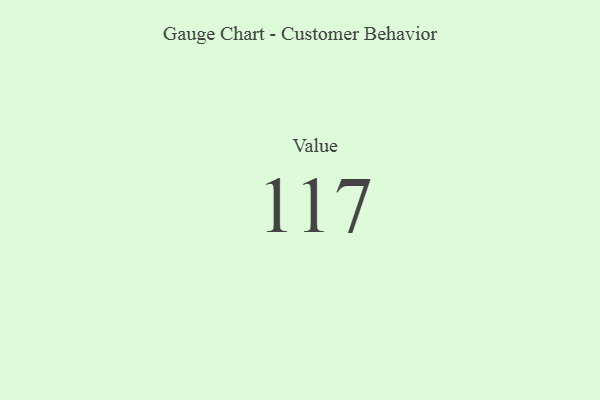
{"axis": {"x": "Metric", "y": "Value"}, "legend": [""], "data": [{"x": "Value", "y": 117, "type": ""}]}